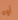
أوه